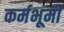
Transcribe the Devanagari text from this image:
कर्मभूमीं